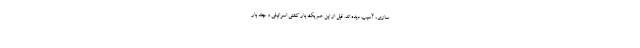
سازی، آسیب دیده اند. قبل از این هم یک بار کشتی اسرائیلی و چند بار